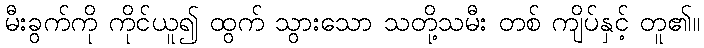
မီးခွက်ကို ကိုင်ယူ၍ ထွက် သွားသော သတို့သမီး တစ် ကျိပ်နှင့် တူ၏။